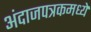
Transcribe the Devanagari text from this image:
अंदाजपत्रकमध्ये